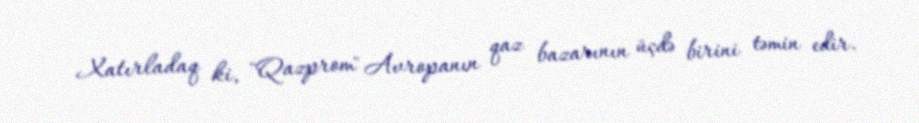
Xatırladaq ki, "Qazprom" Avropanın qaz bazarının üçdə birini təmin edir.